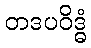
တဒပဝိဒ္ဓံ